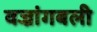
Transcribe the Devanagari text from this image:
वज्रांगबली